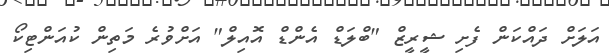
އަލަށް ދައްކަން ފެށި ޝީރީޒް "ބްލަޑް އެންޑް އޮއިލް" އަށްވުރެ މަތިން ކުއަންޓިކޯ